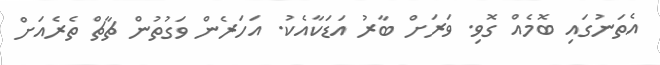
އެތަނުގައި ބޮމެއް ގޮވި. ވަރަށް ބާރު އަޑަކާއެކު. އަހަރެން ވަގުތުން ޗާޗް ތެރެއަށް